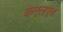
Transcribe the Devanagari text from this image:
केएलएच